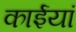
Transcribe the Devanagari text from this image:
काईयां